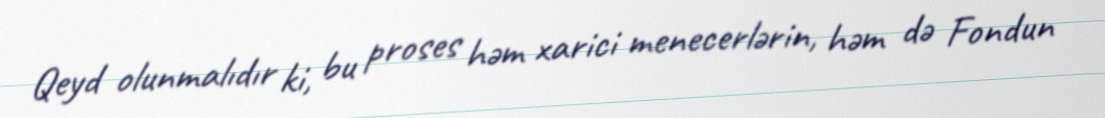
Qeyd olunmalıdır ki, bu proses həm xarici menecerlərin, həm də Fondun